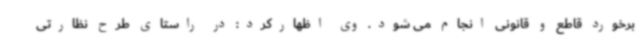
برخورد قاطع و قانونی انجام می شود. وی اظهارکرد: در راستای طرح نظارتی